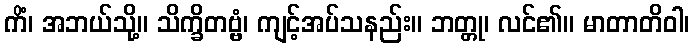
ကိံ၊ အဘယ်သို့။ သိက္ခိတဗ္ဗံ၊ ကျင့်အပ်သနည်း။ ဘတ္တု၊ လင်၏။ မာတာတိဝါ၊